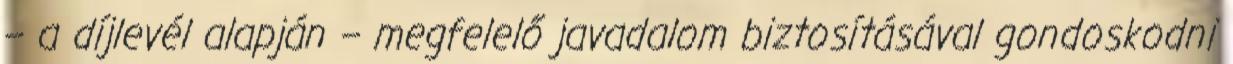
– a díjlevél alapján – megfelelő javadalom biztosításával gondoskodni